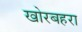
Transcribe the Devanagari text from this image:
खोरबहरा